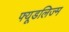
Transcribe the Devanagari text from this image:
फ्यूडलिज्म